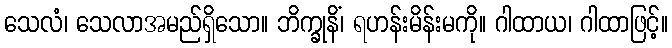
သေလံ၊ သေလာအမည်ရှိသော။ ဘိက္ခုနိံ၊ ရဟန်းမိန်းမကို။ ဂါထာယ၊ ဂါထာဖြင့်။